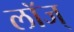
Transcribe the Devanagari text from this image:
लॉज्